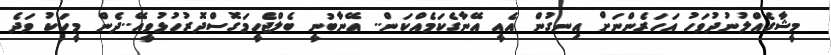
މީޝާގެއްލުނުދުވަހު އަހަރެންނަށް އިނގުން އެއީ އޭނާގެކަމެއްކަން.. އޭނާބުނީ ބެލްޖެހީމަގޮސްދޮރުހުޅުވީއޭ..ދެން މީހަކު ވަދެ